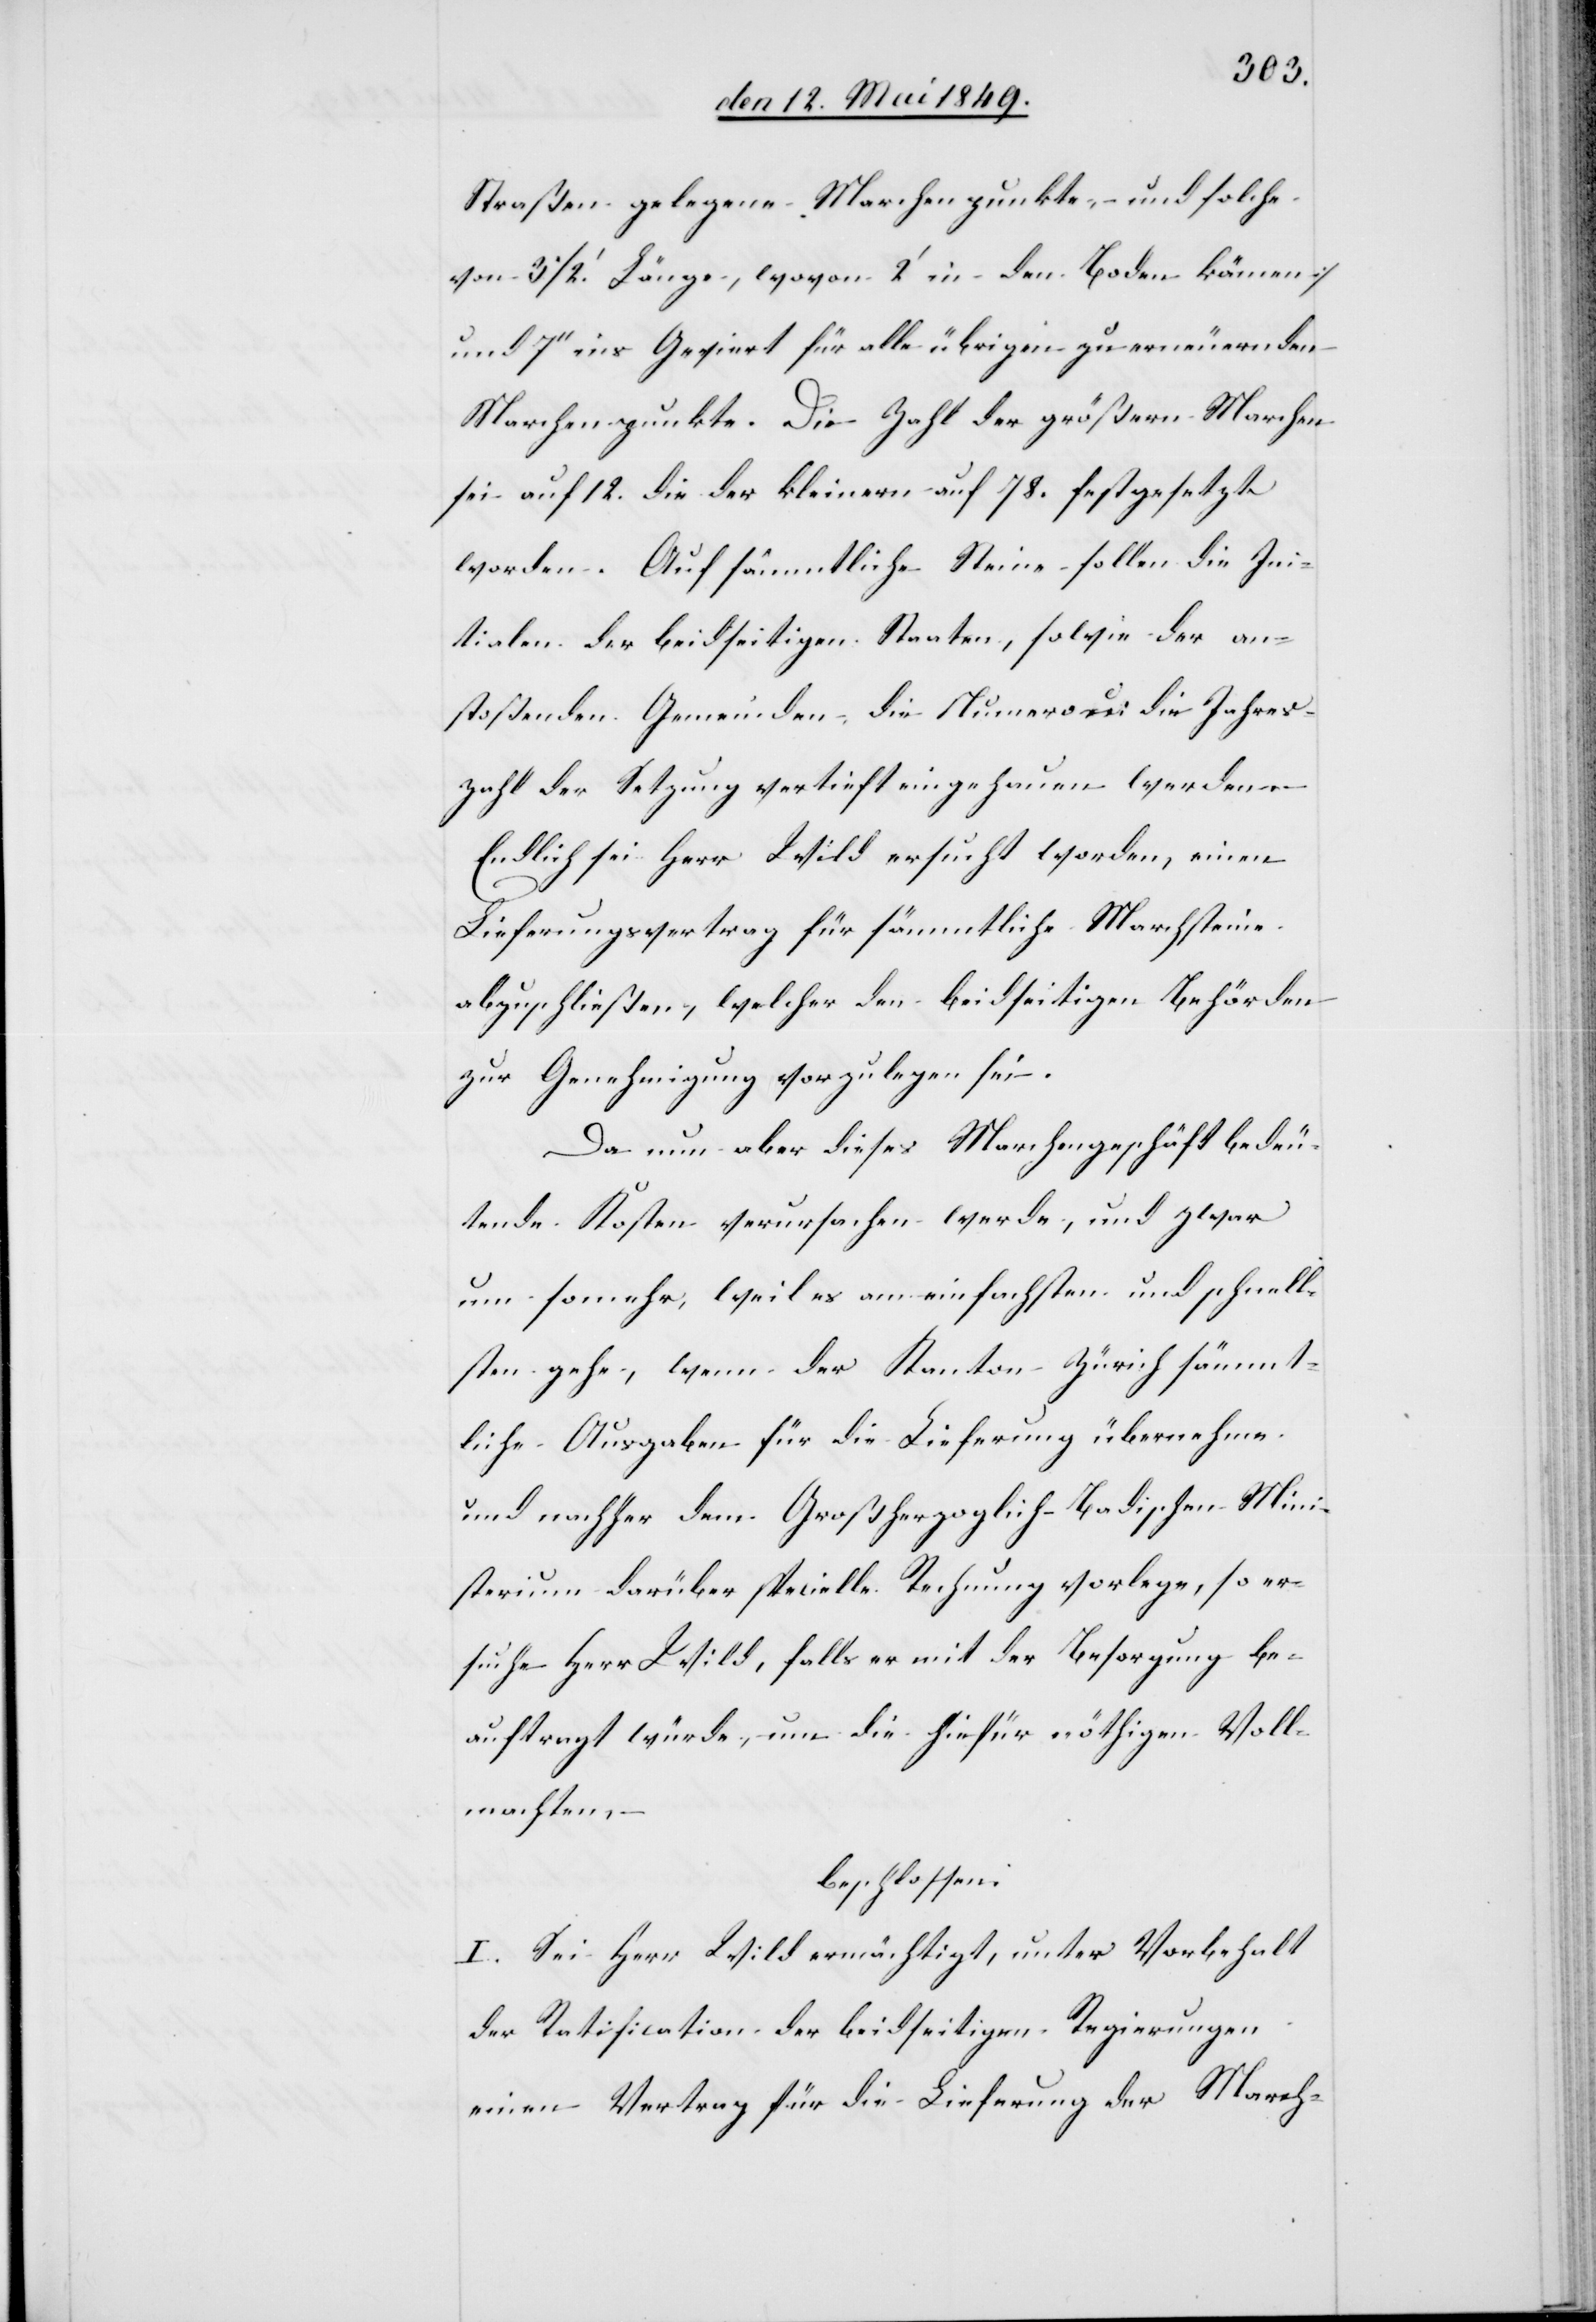
Straßen gelegene Marchpunkte – und solche
von 31/2 Länge, wovon 2‘ in den Boden kämen]
und 7‘‘ ins Geviert für alle übrigen zu erneuernden
Marchenpunkte. Die Zahl der größern Marchen
sei auf 12. die der kleinen auf 78. festgesetzt
worden. Auf sämmtliche Steine sollen die Ini¬
tialen der beidseitigen Staaten, sowie der an¬
stoßenden Gemeinden die Numero u. die Jahres¬
zahl der Setzung vertieft eingehauen werden.
Endlich sei Herr Wild ersucht worden, einen
Lieferungsvertrag für sämmtliche Marchsteine
abzuschließen, welcher den beidseitigen Behörden
zur Genehmigung vorzulegen sei.
Da nun aber dieses Marchengeschäft bedeu¬
tende Kosten verursachen werde, und zwar
um somehr, weil es am einfachsten und schnell¬
sten gehe, wenn der Kanton Zürich sämmt¬
liche Ausgaben für die Lieferung übernehme
und nachher dem Großherzoglich-Badischen Mini¬
sterium darüber specielle Rechnung vorlege, so er¬
suche Herr Wild, falls er mit der Besorgung be¬
auftragt würde, um die hiefür nöthigen Voll¬
machten, –
beschlossen:
I. Sei Herr Wild ermächtigt, unter Vorbehalt
der Ratification der beidseitigen Regierungen
einen Vertrag für die Lieferung der March-